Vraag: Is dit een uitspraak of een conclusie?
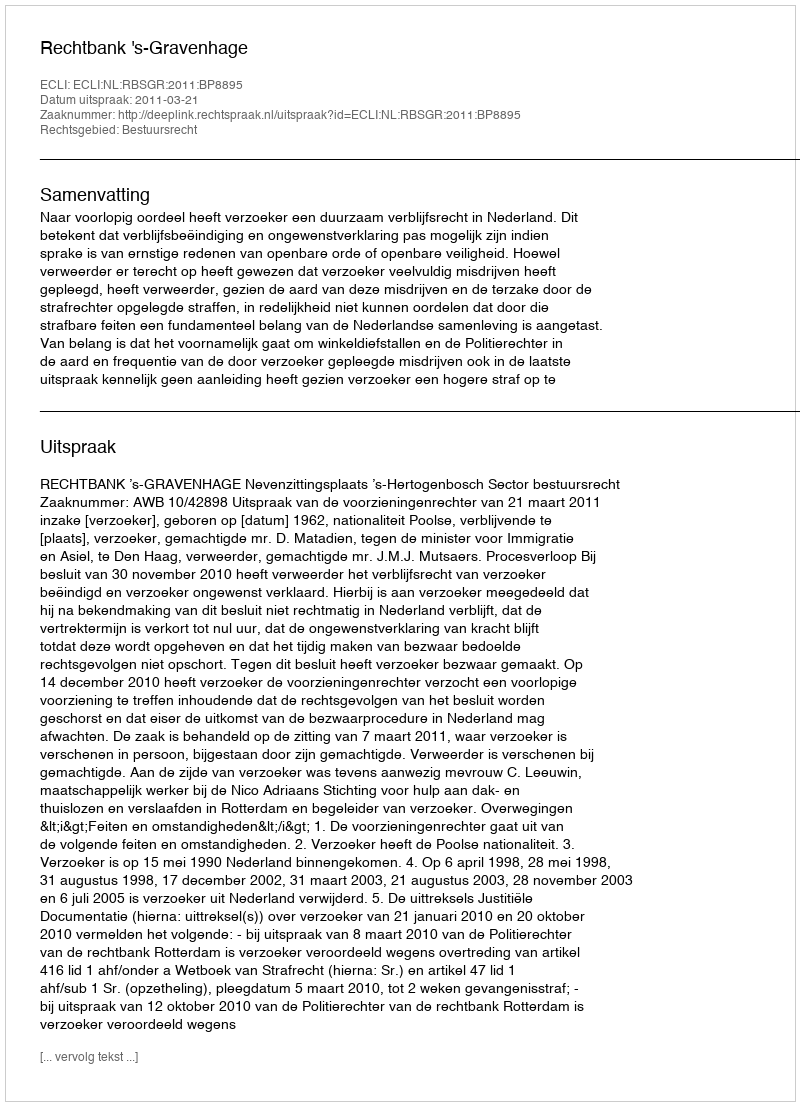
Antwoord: Uitspraak